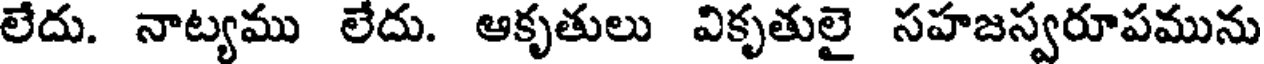
లేదు. నాట్యము లేదు. ఆకృతులు వికృతులై సహజస్వరూపమును